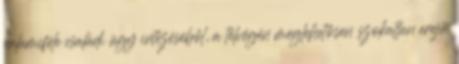
valamiféle családi ügy intézéséből, a télvégén meglehetősen szokatlan erejű